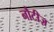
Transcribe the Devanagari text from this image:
नौटीज़